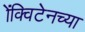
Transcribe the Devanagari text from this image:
ॲक्विटेनच्या